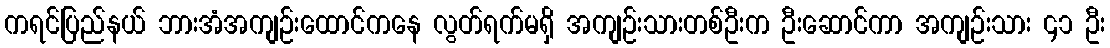
ကရင်ပြည်နယ် ဘားအံအကျဉ်းထောင်ကနေ လွတ်ရက်မရှိ အကျဉ်းသားတစ်ဦးက ဦးဆောင်ကာ အကျဉ်းသား ၄၁ ဦး